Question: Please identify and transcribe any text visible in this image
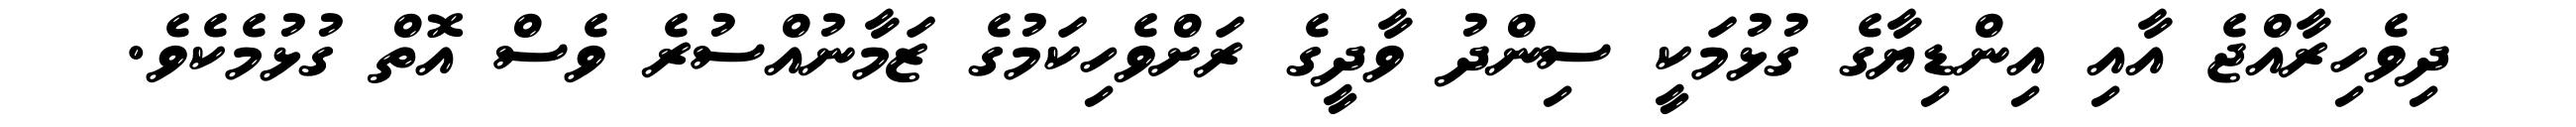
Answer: ދިވެހިރާއްޖެ އާއި އިންޑިޔާގެ ގުޅުމަކީ ސިންދު ވާދީގެ ރަށްވެހިކަމުގެ ޒަމާނުއްސުރެ ވެސް އޮތް ގުޅުމެކެވެ.